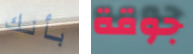
بأنك جوقة